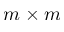
m \times m